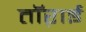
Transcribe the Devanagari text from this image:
तॉऱाई